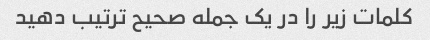
کلمات زیر را در یک جمله صحیح ترتیب دهید